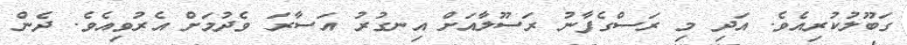
ގަބޫލުކުރިއެވެ. އަދި މި ރަސްގެފާނު ރަސޫލާއަށް އިނގުރު އަސާރަ ވެދުމަށް އެރުވިއެވެ. ދެން